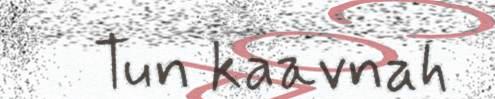
Tun kaavnah